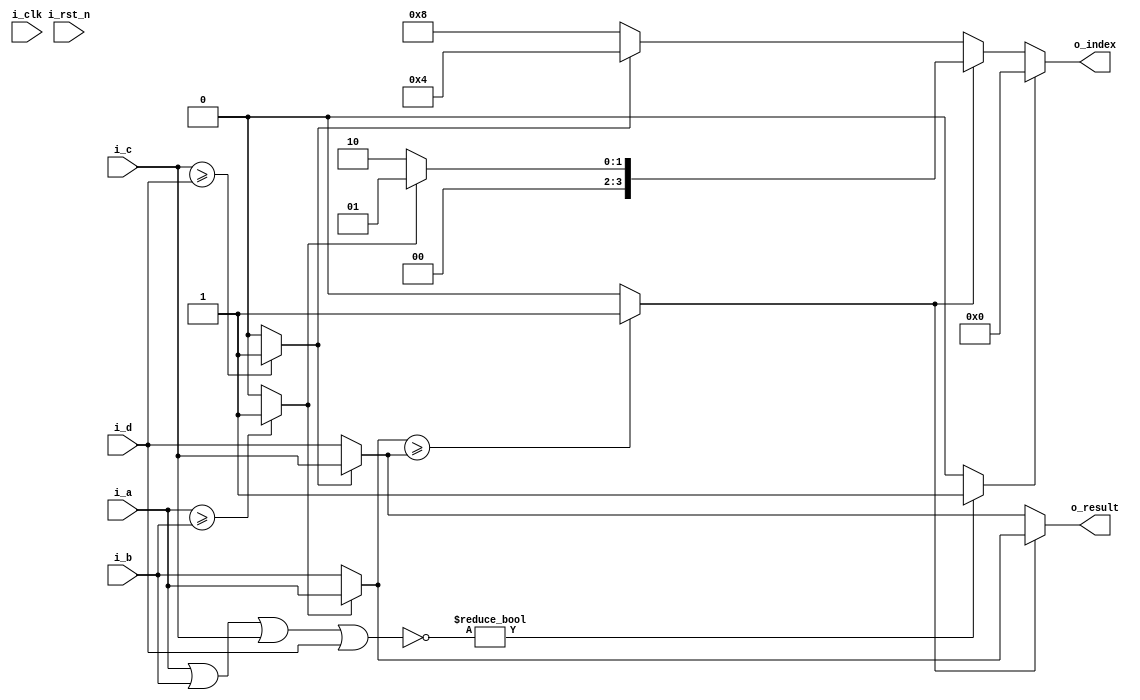
`timescale 1ns/10ps
module comparator_4in
#(parameter  p_width = 19)
(
input  i_clk,
input  i_rst_n,
input  [p_width-1:0]  i_a,
input  [p_width-1:0]  i_b,
input  [p_width-1:0]  i_c,
input  [p_width-1:0]  i_d,
output [p_width-1:0]  o_result,
output [3:0]          o_index
);

wire  [3:0]          w_l1, w_l2, w_index;
wire  [p_width-1:0]  w_l3,w_l4;
wire                 w_z;
wire                 w_t1, w_t2, w_t3;
reg   [3:0]          r_index;

assign      w_t1 = (i_a>=i_b)? 1:0; 
assign      w_t2 = (i_c>=i_d)? 1:0; 
assign      w_t3 = (w_l3 >= w_l4)? 1:0; 
assign      w_z  = (~(i_a | i_b | i_c | i_d))? 1:0;
assign      w_l1 = w_t1? 4'b0001:4'b0010;
assign      w_l2 = w_t2? 4'b0100:4'b1000;
assign      w_index =  w_z? 4'b0000:w_t3? w_l1:w_l2;
assign      w_l3 = w_t1? i_a:i_b;
assign      w_l4 = w_t2? i_c:i_d;
assign      o_result =  w_t3? w_l3:w_l4;
assign      o_index =   w_index;
/*
wire   w_clk_n;
assign w_clk_n = ~i_clk;
always @( posedge i_clk or negedge i_rst_n)
begin
if(!i_rst_n) 
  r_index <= 0;
else 
  r_index <= w_index;
end
*/
endmodule